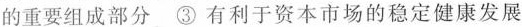
的重要组成部分③有利于资本市场的稳定健康发展